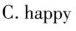
C.happy